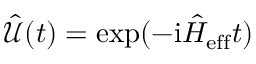
\hat { \mathcal { U } } ( t ) = \exp ( - \mathrm { i } \hat { H } _ { \mathrm { e f f } } t )